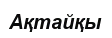
Ақтайқы